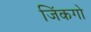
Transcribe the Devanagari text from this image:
जिंकगो